Sanitation, dispensaries and jails vaccination Rajputana 1922-1927 - 1922-1927
Year: 1922
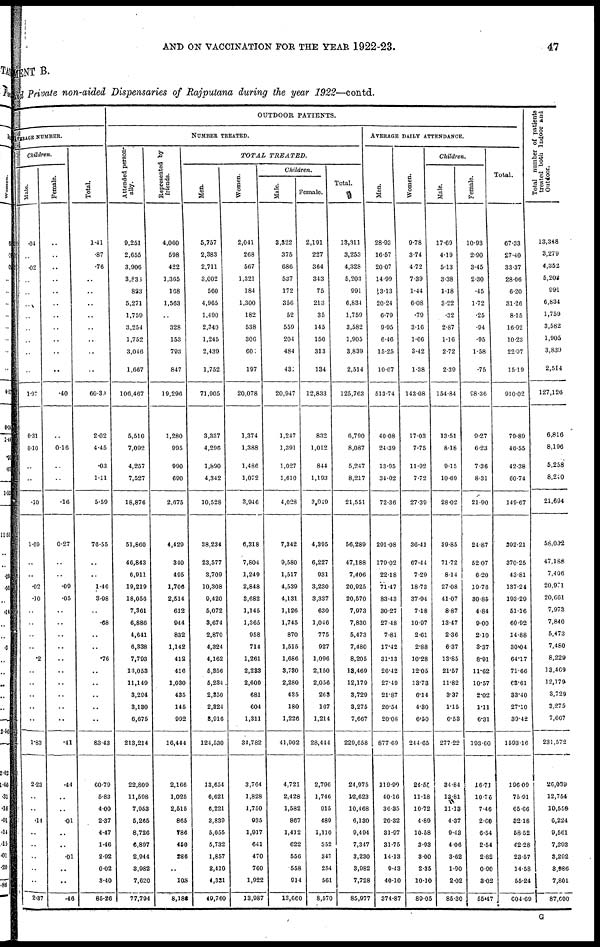
AND ON VACCINATION FOR THE YEAR 1922-23.
47
and Private non-aided Dispensaries of Rajputana during the year 1922—contd.
AVERAGE NUMBER.
Children.
Male.
.04
..
.02
..
..
..
..
..
..
..
..
1.97
0.31
0.10
..
..
.10
1.69
..
..
.02
.10
..
..
..
..
.2
..
..
..
..
..
1.83
2.23
..
..
.14
..
..
..
..
..
2.37
Female.
..
..
..
..
..
..
..
..
..
..
..
.40
..
0.16
..
..
.10
0.27
..
..
.09
.05
..
..
..
..
..
..
..
..
..
..
.41
.44
..
..
.01
..
..
.01
..
..
.46
Total.
1.41
.87
.76
..
..
..
..
..
..
..
..
60.30
2.02
4.45
.03
1.11
5.59
76.55
..
..
1.40
3.98
..
.68
..
..
.76
..
..
..
..
..
83.43
60.79
5.83
4.00
2.37
4.47
1.46
2.92
0.02
3.40
85.26
OUTDOOR PATIENTS.
NUMBER TREATED.
Attended person-
ally.
9,251
2,655
3,906
3,833
823
5,271
1,759
3,254
1,752
3,046
1,667
106,467
5,510
7,092
4,257
7,527
18,876
51,860
46,843
6,911
19,219
18,056
7,361
6,886
4,641
6,338
7,793
13,053
11,149
3,294
3,130
6,675
213,214
22,809
11,598
7,953
5,265
8,726
6,897
2,944
3,982
7,620
77,794
Represented by
friends.
4,060
598
422
1,365
168
1,563
..
328
153
793
847
19,296
1,280
995
990
690
2,675
4,429
340
495
1,706
2,514
612
944
832
1,142
412
416
1,030
435
145
992
16,444
2,166
1,025
2,515
865
786
450
286
..
108
8,180
TOTAL
TREATED.
Men.
5,757
2,383
2,711
3,002
560
4,965
1,490
2,340
1,245
2,439
1,752
71,905
3,337
4,296
1,890
4,342
10,528
38,234
23,577
3,709
10,308
9,420
5,072
3,674
2,870
4,324
4,162
5,356
5,234
2,350
2,324
3,916
124,530
13,654
6,621
6,221
3,839
5,055
5,732
1,857
2,410
4,331
49,760
Women.
2,041
268
567
1,321
184
1,300
182
538
306
601
197
20,078
1,374
1,388
1,486
1,072
3,946
6,318
7,804
1,249
2,848
3,682
1,145
1,365
958
714
1,261
2,233
2,609
681
604
1,311
34,782
3,764
1,828
1,750
935
1,917
641
470
760
1,922
13,987
Children.
Male.
3,322
375
686
537
172
356
52
559
204
484
431
20,947
1,247
1,391
1,027
1,610
4,028
7,342
9,580
1,517
4,539
4,131
1,126
1,745
870
1,515
1,686
3,730
2,280
435
180
1,226
41,902
4,721
2,428
1,582
867
1,412
622
556
558
914
13,660
Female.
2,191
227
364
343
75
213
35
145
150
313
134
12,833
832
1,012
844
1,193
3,049
4,395
6,227
931
3,230
3,337
630
1,046
775
927
1,096
2,150
2,056
263
167
1,214
28,444
2,796
1,746
915
489
1,110
352
347
254
561
8,570
Total.
13,311
3,253
4,328
5,203
991
6,834
1,759
3,582
1,905
3,839
2,514
125,763
6,790
8,087
5,247
8,217
21,551
56,289
47,188
7,406
20,925
20,570
7,973
7,830
5,473
7,480
8,205
18,460
12,179
3,729
3,275
7,667
229,658
24,975
12,623
10,468
6,130
9,494
7,347
3,230
3,982
7,728
85,977
AVERAGE DAILY ATTENDANCE.
Men.
28.93
16.57
20.07
14.99
3.13
20.24
6.79
9.95
6.46
15.25
10.07
513.74
40.08
24.39
13.95
34.02
72.36
291.08
179.02
22.18
71.47
83.43
30.27
27.48
7.81
17.42
31.13
26.42
27.49
21.87
20.54
20.08
877.69
119.99
40.16
36.35
20.32
31.97
31.75
14.13
9.43
40.10
374.87
Women.
9.78
3.74
4.72
7.39
1.44
6.08
.79
3.16
1.66
3.42
1.38
143.08
17.03
7.75
11.92
7.72
27.39
36.41
67.44
7.29
18.73
37.94
7.18
10.97
2.61
2.88
10.28
12.05
13.73
6.14
4.30
6.50
244.65
24.55
11.18
10.72
4.89
10.58
3.93
3.00
2.35
10.10
89.05
Children.
Male.
17.69
4.19
5.13
3.38
1.18
3.22
.32
2.87
1.16
2.72
2.39
154.84
13.51
8.18
9.15
10.69
28.02
39.85
71.72
8.14
27.08
41.07
8.87
13.47
2.36
6.37
13.85
21.57
11.82
3.37
1.15
6.53
277.22
34.84
13.81
11.13
4.37
9.43
4.06
3.62
1.90
2.02
85.30
Female.
10.93
2.90
3.45
2.30
.45
1.72
.25
.94
.95
1.58
.75
98.36
9.27
6.23
7.36
8.31
21.90
24.87
52.07
6.20
19.76
30.85
4.84
9.00
2.10
3.37
8.91
11.62
10.57
2.02
1.11
6.31
193.60
16.71
10.76
7.46
2.60
6.54
2.54
2.82
0.90
3.02
55.47
Total.
67.33
27.40
33.37
28.06
6.20
31.26
8.15
16.92
10.23
22.97
15.19
910.02
79.89
46.55
42.38
60.74
149.67
392.21
370.25
43.81
137.24
193.29
51.16
60.92
14.88
30.04
64.17
71.66
63.61
33.40
27.10
39.42
1593.16
196.09
75.91
65.66
32.18
58.52
42.28
23.57
14.58
55.24
604.69
Total number of patients
treated both Indoor and
Outdoor.
13,348
3,279
4,352
5,202
99.1
6,834
1,759
3,582
1,905
3,839
2,514
127,126
6,816
8,196
5,258
8,240
21,694
58,032
47,188
7,406
20,971
20,661
7,973
7,840
5,473
7,480
8,229
13,469
12,179
3,729
3,275
7,667
231,572
26,039
12,754
10,550
6,224
9,561
7,393
3,292
3,986
7,801
87,600
G